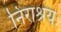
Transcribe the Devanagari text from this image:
निराश्रयः